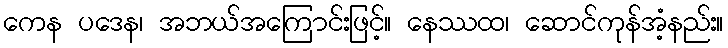
ကေန ပဒေန၊ အဘယ်အကြောင်းဖြင့်။ နေဿထ၊ ဆောင်ကုန်အံ့နည်း။